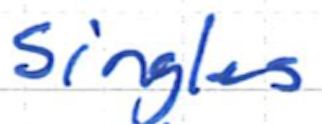
Text: singles
Cross-out: clean
Writing tool: ballpoint